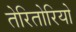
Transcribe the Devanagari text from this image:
तेरितोरियो